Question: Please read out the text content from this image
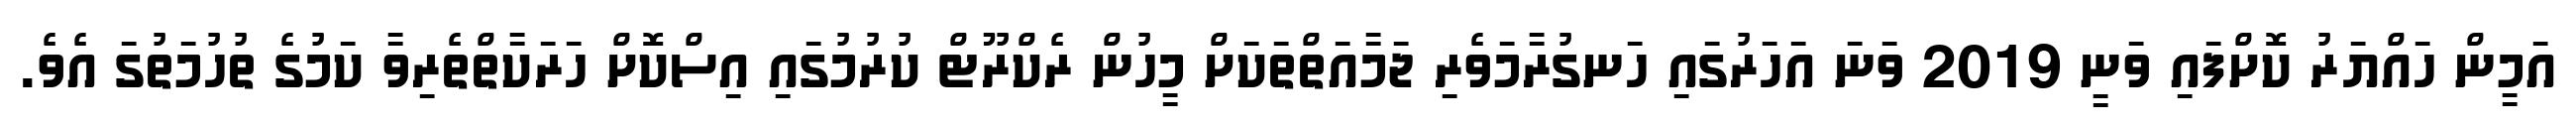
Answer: އަމީން ހައްޔަރު ކޮށްފައި ވަނީ 2019 ވަނަ އަހަރުގައި ހަނގުރާމަވެރި ޖަމާއަތްތަކަށް މީހުން ރެކްރޫޓް ކުރުމުގައި އިސްކޮށް ހަރަކާތްތެރިވާ ކަމުގެ ތުހުމަތުގަ އެވެ.